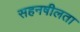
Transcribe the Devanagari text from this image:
सहनषीलता